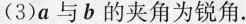
(3)a与b的夹角为锐角.